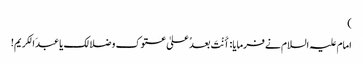
)
امام علیہ السلام نے فرمایا: اٴَنْتَ بعدُ علیٰ عتوک و ضلالک یا عبدَ الکریم!